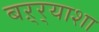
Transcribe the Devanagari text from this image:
बऱ्र्‍याशा